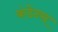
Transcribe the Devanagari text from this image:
कंडेन्स